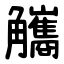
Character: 觿